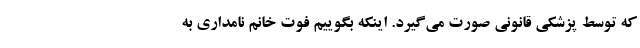
که توسط پزشکی قانونی صورت می‌گیرد. اینکه بگوییم فوت خانم نامداری به